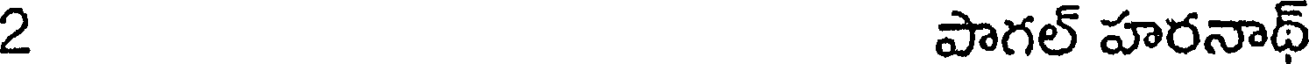
2 పాగల్ హరనాథ్